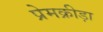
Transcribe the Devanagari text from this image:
प्रेमक्रीड़ा